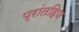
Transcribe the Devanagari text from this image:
प्रांतहिण